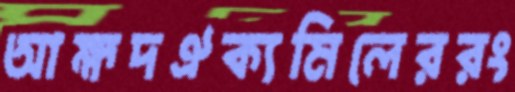
আহ্মদঐক্যমিলেররং